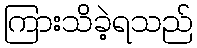
ကြားသိခဲ့ရသည်